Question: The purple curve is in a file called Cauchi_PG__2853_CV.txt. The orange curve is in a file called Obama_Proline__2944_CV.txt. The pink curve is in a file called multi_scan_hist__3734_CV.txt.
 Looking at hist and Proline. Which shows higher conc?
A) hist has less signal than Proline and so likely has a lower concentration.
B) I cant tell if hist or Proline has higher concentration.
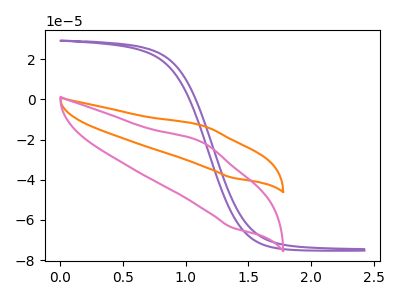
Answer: <think>The purple curve "PG" has no peaks. The orange curve "Proline" has an anodic peak at (1.15V, -13.20uA) and a cathodic peak at (1.35V, -38.95uA). The pink curve "hist" has an anodic peak at (1.15V, -21.60uA) and a cathodic peak at (1.35V, -63.80uA).
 All the peaks in "hist" have a peak in "Proline" at the same potential.</think>
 <answer>B) I cant tell if "hist" or "Proline" has higher concentration.</answer>
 <eval>B</eval>